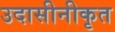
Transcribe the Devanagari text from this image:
उदासीनीकृत